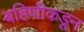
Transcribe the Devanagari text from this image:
बहिणीकडून